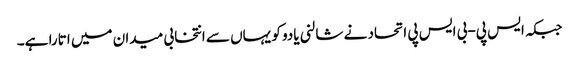
جبکہ ایس پی-بی ایس پی اتحاد نے شالنی یادو کو یہاں سے انتخابی میدان میں اتارا ہے۔